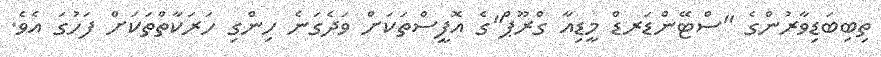
ތިބިބަޑިވާރުންގެ "ސްޓޭންޑަރޑް މީޑިއާ ގްރޫޕް"ގެ އޮފީސްތަކަށް ވަދެގަނެ ހިންގި ހަރަކާތްތަކަށް ފަހުގަ އެވެ.